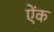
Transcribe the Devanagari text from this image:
ऐंक